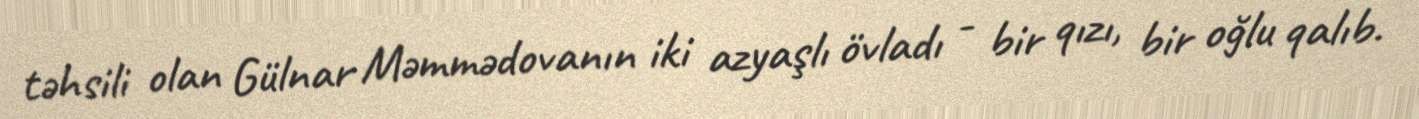
təhsili olan Gülnar Məmmədovanın iki azyaşlı övladı - bir qızı, bir oğlu qalıb.